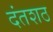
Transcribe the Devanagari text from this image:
दंतशठ